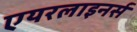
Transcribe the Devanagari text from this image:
एयरलाइनर्स